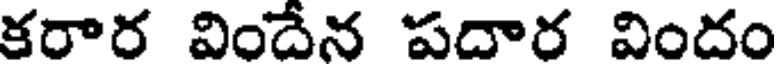
కరార విందేన పదార విందం